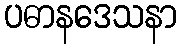
ပဓာနဒေသနာ